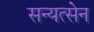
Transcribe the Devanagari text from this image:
सन्यत्सेन